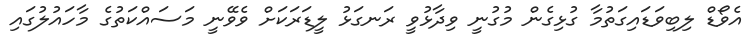
އެވޯޑް ލިބިވަޑައިގަތުމާ ގުޅިގެން މުގުނީ ވިދާޅުވީ ރަނގަޅު ލީޑަރަކަށް ވެވޭނީ މަސައްކަތުގެ މާހައުލުގައި